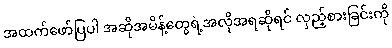
အထက်ဖော်ပြပါ အဆိုအမိန့်တွေရဲ့အလိုအရဆိုရင် လှည့်စားခြင်းကို